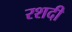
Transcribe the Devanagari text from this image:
रशदी